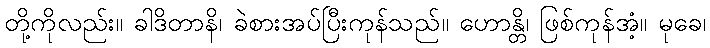
တို့ကိုလည်း။ ခါဒိတာနိ၊ ခဲစားအပ်ပြီးကုန်သည်။ ဟောန္တိ၊ ဖြစ်ကုန်အံ့။ မုခေ၊